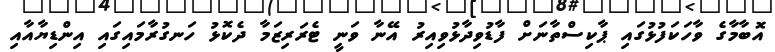
އޮބާމާގެ ވާހަކަފުޅުގައި ޕާކިސްތާނަށް ފާޑުވިދާޅުވިއިރު އޭނާ ވަނީ ޓެރަރިޒަމާ ދެކޮޅު ހަނގުރާމައިގައި އިންޑިޔާއާއި